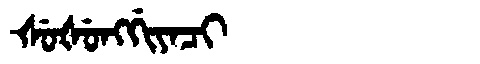
Manchu: ᡧᡠᡧᡠᠩᡤᡳᠶᠠᠴᡳ
Romanization: ŠUŠUNGGIYACI